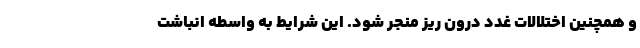
و همچنین اختلالات غدد درون ریز منجر شود. این شرایط به واسطه انباشت